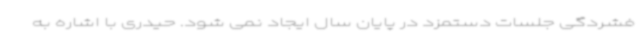
فشردگی جلسات دستمزد در پایان سال ایجاد نمی شود. حیدری با اشاره به